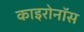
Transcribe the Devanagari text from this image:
काइरोनॉस